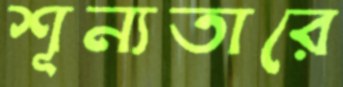
শূন্যতারে